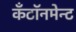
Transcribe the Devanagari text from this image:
कँटॉनमेन्ट